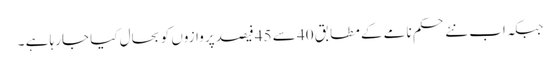
جبکہ اب نئے حکم نامے کے مطابق 40 سے 45 فیصد پروازوں کو بحال کیا جارہا ہے ۔